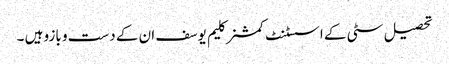
تحصیل سٹی کے اسسٹنٹ کمشنر کلیم یوسف ان کے دست و بازو ہیں ۔